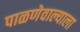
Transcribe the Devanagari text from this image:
पाळणेवाल्याला